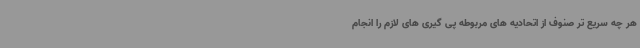
هر چه سریع تر صنوف از اتحادیه های مربوطه پی گیری های لازم را انجام